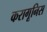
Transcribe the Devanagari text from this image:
करागूनिस